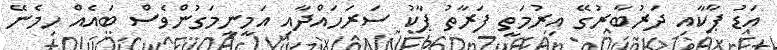
އަޑު ޕާކާއި ދަރުބާރުގޭ އިރުމަތީ ފަރާތު ޕާކު ސަރަހައްދާއި އަމީނީމަގުންވެސް ބައެއް ހިމެނޭ